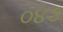
૦૪૭